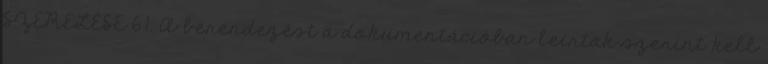
SZERELÉSE 6.1. A berendezést a dokumentációban leírtak szerint kell